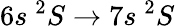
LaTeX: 6s~^{2}S\rightarrow 7s~^{2}S